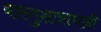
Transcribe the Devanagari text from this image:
वास्तुशात्राचाही